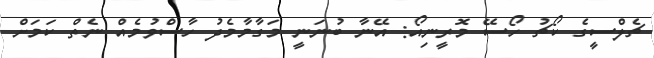
ޗެލްސީގެ ކޯޗު ހޯސޭ މޮރީނިއޯ: އޭނާ ބުނަނީ މަގާމާމެދު ހާސްވުމެއް ނެތް ކަމަށް